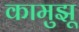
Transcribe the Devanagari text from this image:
कामुझू